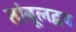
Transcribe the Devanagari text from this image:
तांबूलद्वय